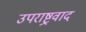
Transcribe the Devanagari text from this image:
उपराष्ट्रवाद